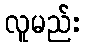
လူမည်း